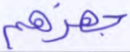
جهزهم